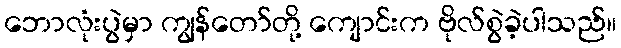
ဘောလုံးပွဲမှာ ကျွန်တော်တို့ ကျောင်းက ဗိုလ်စွဲခဲ့ပါသည်။